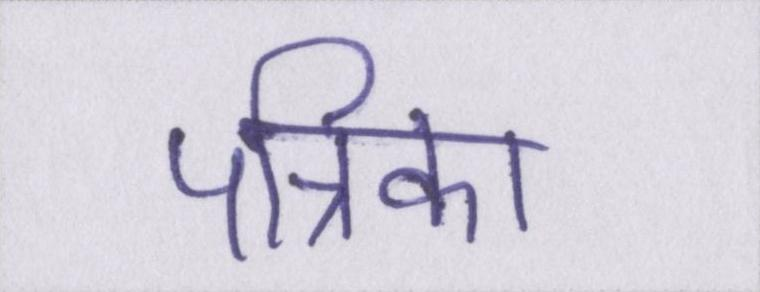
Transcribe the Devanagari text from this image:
पत्रिका